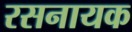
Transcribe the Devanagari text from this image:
रसनायक